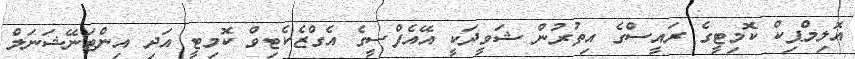
އޮލިމްޕިކް ކޮމިޓީގެ ރައީސްގެ އިތުރުން ޝަވީދަކީ އޭއެފްސީގެ އެގްޒެކެޓިވް ކޮމިޓީ އަދި އިންޓަނޭޝަނަލް